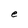
Character: S